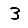
Digit: 3